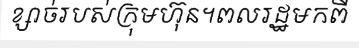
ខ្សាច់របស់ក្រុមហ៊ុន។ពលរដ្ឋមកពី